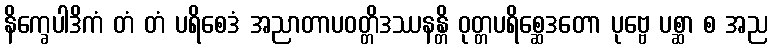
နိက္ခေပါဒိကံ တံ တံ ပရိစေဒံ အညာတာပဝတ္တိဒဿနန္တိ ဝုတ္တပရိစ္ဆေဒတော ပုဗ္ဗေ ပစ္ဆာ စ အည